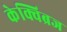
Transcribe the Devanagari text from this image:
केक्विब्रज